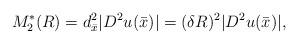
LaTeX: \begin{align*}M_2^*(R) = d_{\bar x}^2 |D^2u (\bar x)| = (\delta R)^2|D^2u (\bar x)|,\end{align*}